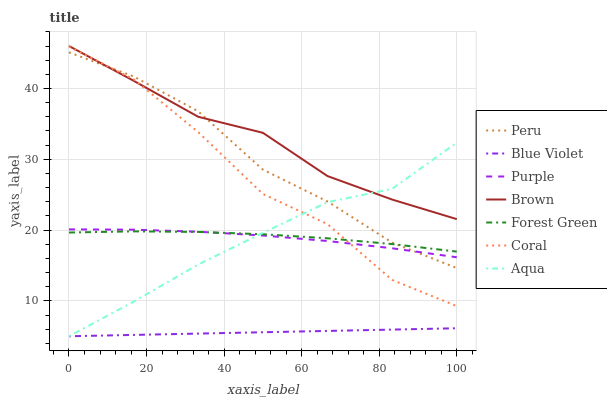
| xaxis_label | Peru | Blue Violet | Purple | Brown | Forest Green | Coral | Aqua |
 | --- | --- | --- | --- | --- | --- | --- | --- |
 | 0 | 45.1 | 5 | 20.1 | 46 | 19.7 | 45.9 | 5 |
 | 16.7 | 41.7 | 5.19 | 20.1 | 41.1 | 19.8 | 41.3 | 9.88 |
 | 33.3 | 36.8 | 5.38 | 19.8 | 36 | 19.7 | 33.8 | 15.1 |
 | 50 | 28.5 | 5.56 | 19.2 | 33.7 | 19.4 | 25.1 | 19.6 |
 | 66.7 | 24 | 5.75 | 18.5 | 27.6 | 18.8 | 20.8 | 23.9 |
 | 83.3 | 18.2 | 5.94 | 17.4 | 24.3 | 18 | 13 | 25.8 |
 | 100 | 14.6 | 6.13 | 16.2 | 21.5 | 17 | 9.26 | 32.4 |